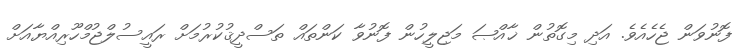
ފޮނުވަން ޖެހެއެވެ. އަދި މިގޮތުން ޚާއްޞަ މަޖިލީހުން ފޮނުވާ ކަންތައް ތަސްދީޤުކުރުމަށް ރައީސުލްޖުމްހޫރިއްޔާއަށް